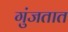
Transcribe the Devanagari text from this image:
गुंजतात